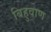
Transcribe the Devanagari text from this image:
बिहुवाण